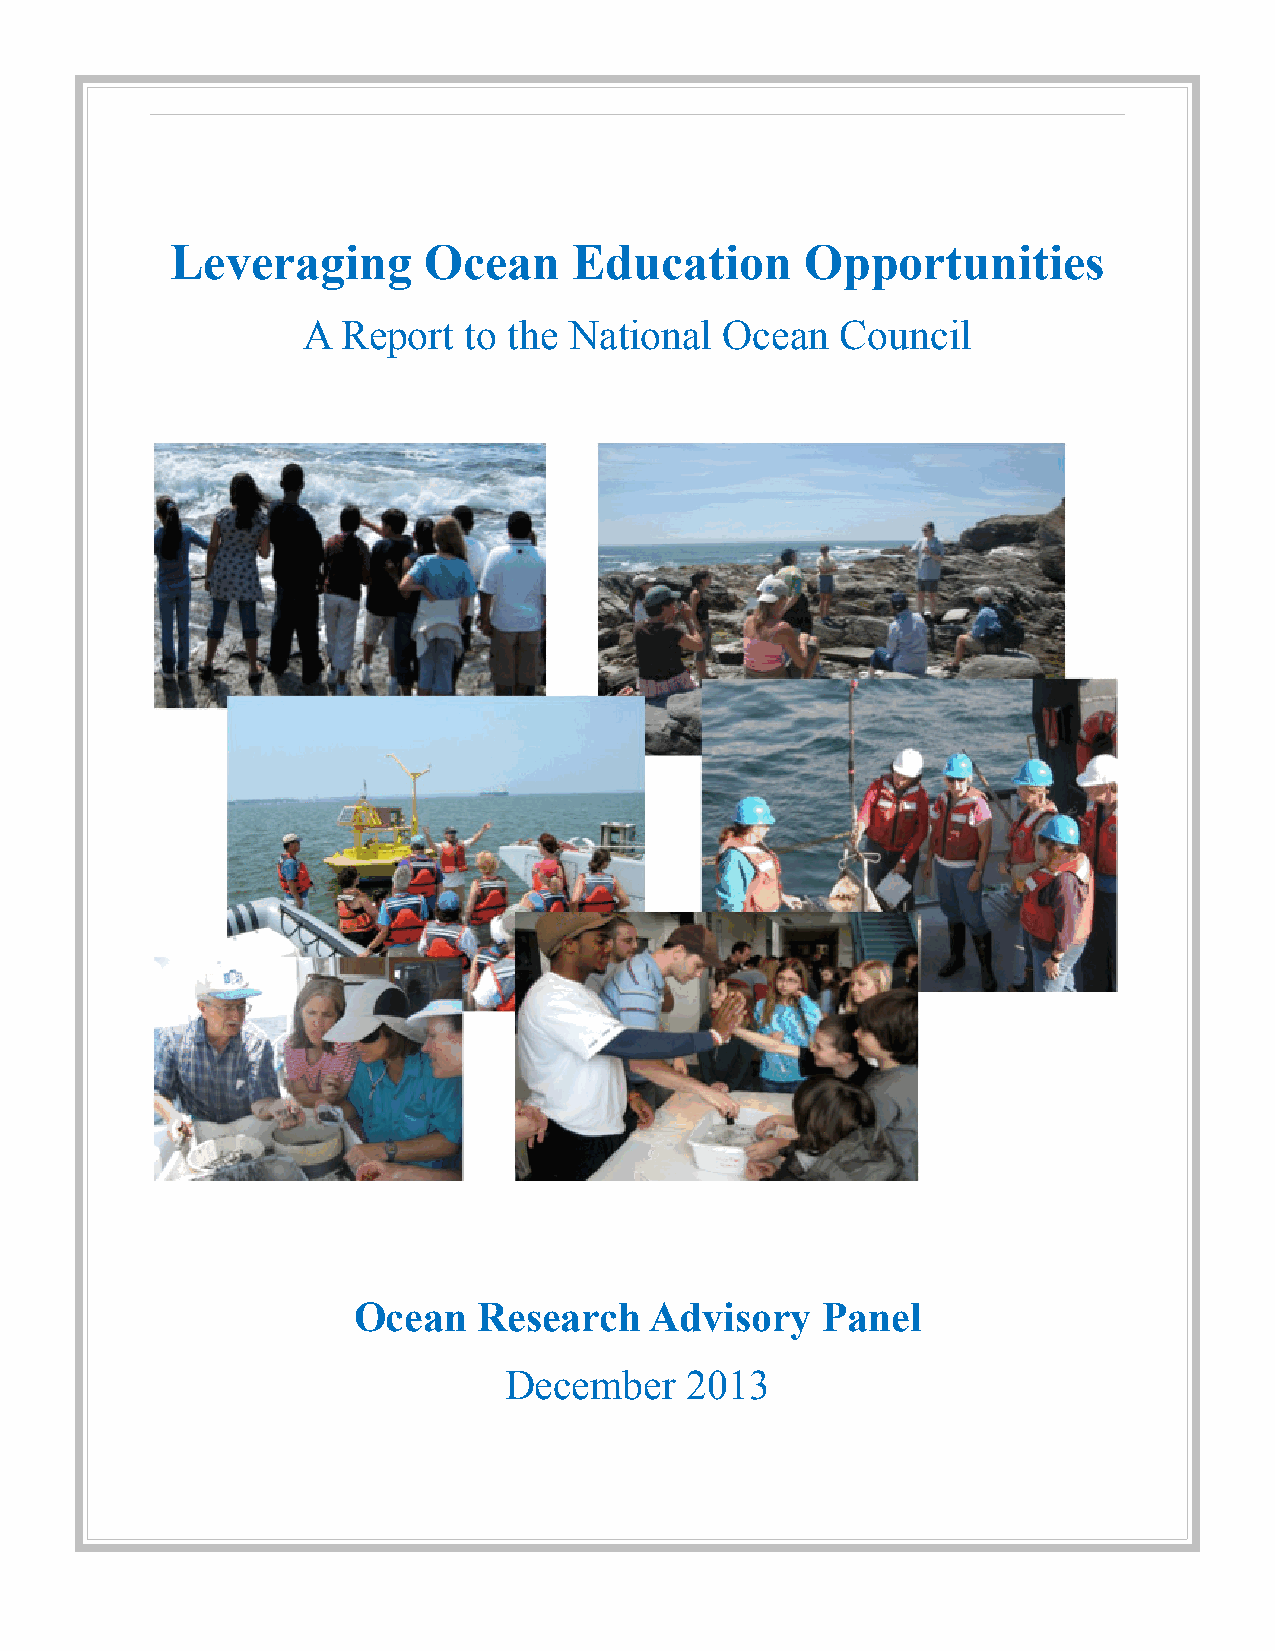
Leveraging       Ocean     Education      Opportunities
 A  Report  to the National  Ocean   Council
 Ocean    Research   Advisory   Panel
 December    2013